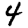
Digit: 4